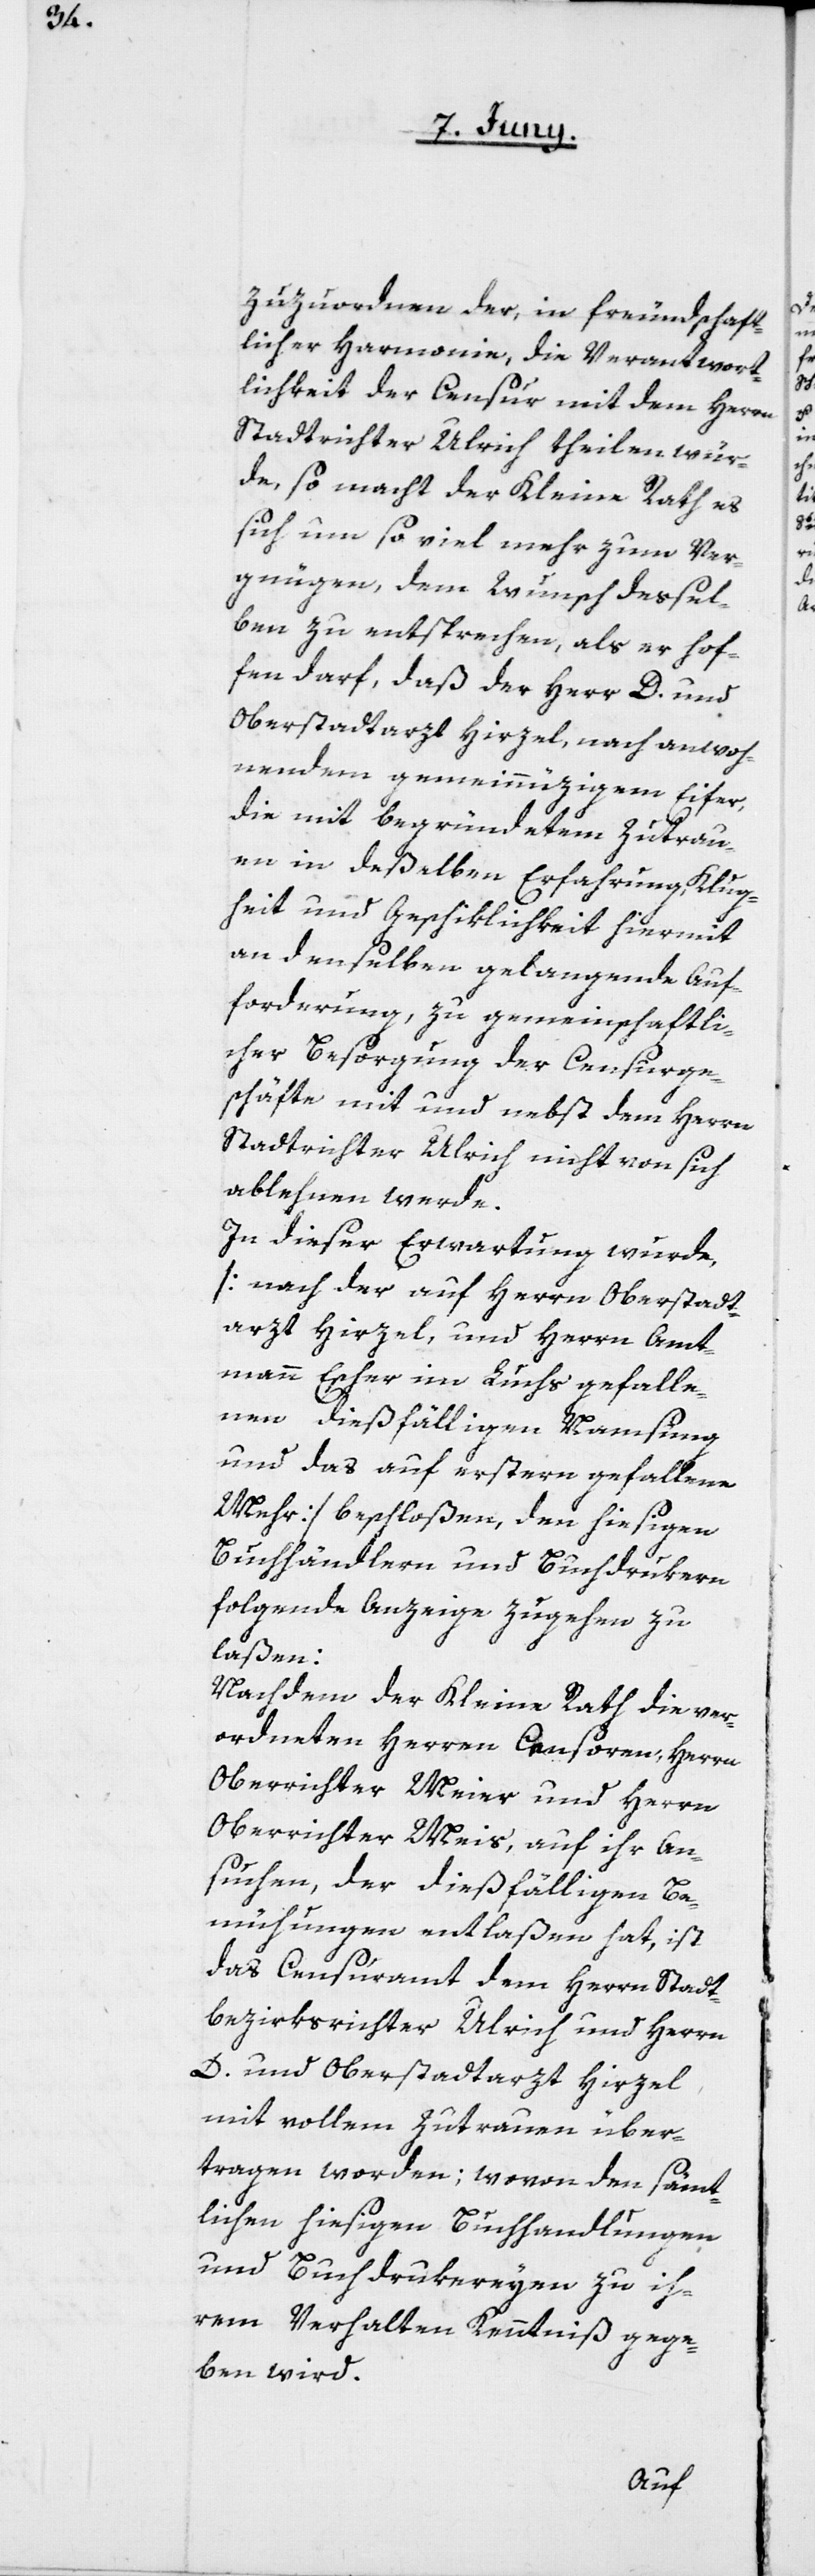
zuzuordnen, der in freundschaft¬
licher Harmonie, die Verantwort¬
lichkeit der Censur mit dem Herrn
Stadtrichter Ulrich theilen wür¬
de, so macht der Kleine Rath es
sich um so viel mehr zum Ver¬
gnügen, dem Wunsch dessel¬
ben zu entsprechen, als er hof¬
fen darf, daß der Herr D. und
Oberstadtarzt Hirzel, nach anwoh¬
nendem gemeinnüzigem Eifer,
die mit begründetem Zutrau¬
en in deßelben Erfahrung, Klug¬
heit und Geschiklichkeit hiermit
an denselben gelangende Auf¬
forderung, zu gemeinschaftli¬
cher Besorgung der Censurge¬
schäfte mit und nebst dem Herrn
Stadtrichter Ulrich nicht von sich
ablehnen werde.
In dieser Erwartung wurde,
[nach der auf Herrn Oberstadt¬
arzt Hirzel, und Herrn Amt¬
mann Escher im Luchs, gefalle¬
nen dießfälligen Namsung
und das auf erstern gefallene
Mehr] beschloßen, den hiesigen
Buchhändlern und Buchdrukern
folgende Anzeige zugehen zu
laßen:
Nachdem der Kleine Rath die ver¬
ordneten Herren Censoren, Herrn
Oberrichter Meier und Herrn
Oberrichter Meis, auf ihr An¬
suchen, der dießfälligen Be¬
mühungen entlaßen hat, ist
das Censuramt dem Herrn Stadt¬
bezirksrichter Ulrich und Herrn
D. und Oberstadtarzt Hirzel
mit vollem Zutrauen über¬
tragen worden; wovon den sämt¬
lichen hiesigen Buchhandlungen
und Buchdrukereyen zu ih¬
rem Verhalt Kenntniß gege¬
ben wird.